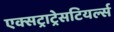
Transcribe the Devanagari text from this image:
एक्सट्राट्रेसटियर्ल्स